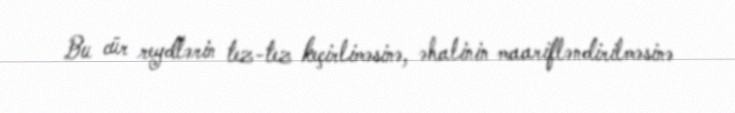
Bu cür reydlərin tez-tez keçirliməsinə, əhalinin maarifləndirilməsinə